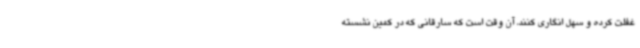
غفلت کرده و سهل انگاری کنند، آن وقت است که سارقانی که در کمین نشسته